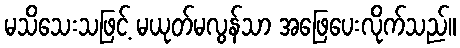
မသိသေးသဖြင့် မယုတ်မလွန်သာ အဖြေပေးလိုက်သည်။